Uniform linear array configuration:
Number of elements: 4
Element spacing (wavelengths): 0.25
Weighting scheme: kaiser
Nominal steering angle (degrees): -15
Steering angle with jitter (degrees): -16.028
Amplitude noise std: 0.05
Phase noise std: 0.05

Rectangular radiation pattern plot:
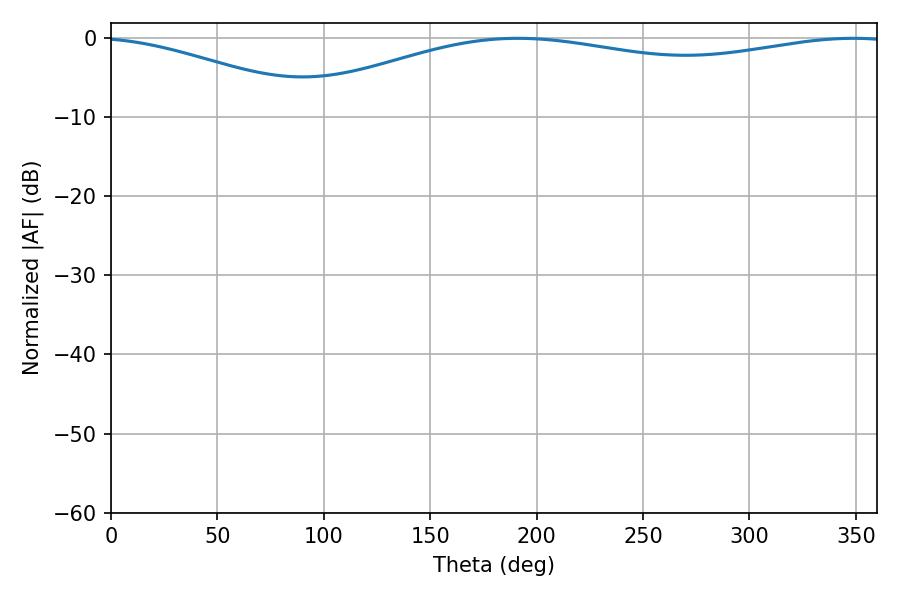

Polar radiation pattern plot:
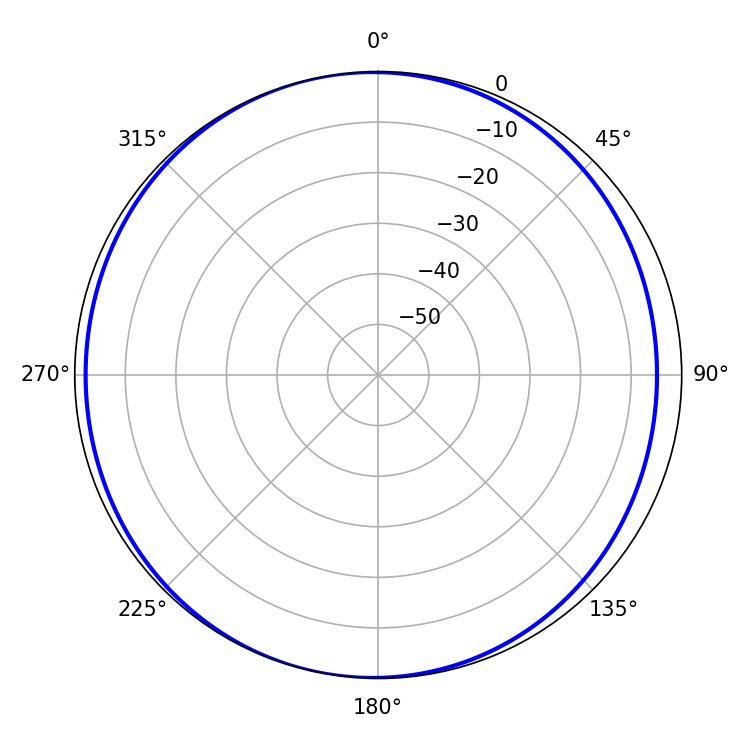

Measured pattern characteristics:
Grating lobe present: FALSE
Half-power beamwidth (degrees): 229.86
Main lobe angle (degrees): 191.16